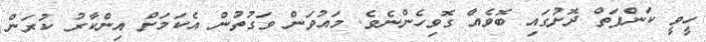
ހީވީ ކަންފަތް ދޮށުގައި ބޮވެއް ގޮވިހެންނެވެ. މައުވަން ވަގުތުން އެކަމަށް އިންކާރު ކުރަން